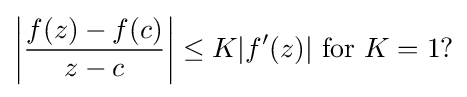
\left|{\frac {f(z)-f(c)}{z-c}}\right|\leq K|f'(z)|{\text{ for }}K=1{\text{?}}